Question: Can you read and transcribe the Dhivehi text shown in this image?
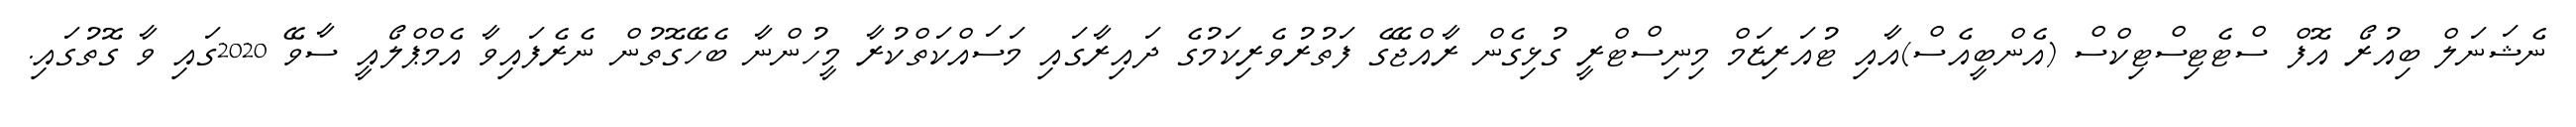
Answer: ނެޝަނަލް ބިއުރޯ އޮފް ސްޓެޓިސްޓިކްސް (އެންބީއެސް)އާއި ޓުއަރިޒަމް މިނިސްޓްރީ ގުޅިގެން ރާއްޖޭގެ ފަތުރުވެރިކަމުގެ ދައިރާގައި މަސައްކަތްކުރާ މީހުންނާ ބެހޭގޮތުން ނެރެފައިވާ އެމްޕްލޯއީ ސާވޭ 2020ގައި ވާ ގޮތުގައި.